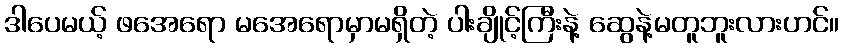
ဒါပေမယ့် ဖအေရော မအေရောမှာမရှိတဲ့ ပါးချိုင့်ကြီးနဲ့ ဆွေနဲ့မတူဘူးလားဟင်။